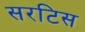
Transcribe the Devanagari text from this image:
सरटिस